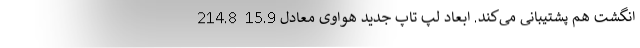
انگشت هم پشتیبانی می‌کند. ابعاد لپ تاپ جدید هواوی معادل 15.9  214.8